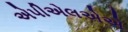
એપીએલએએ